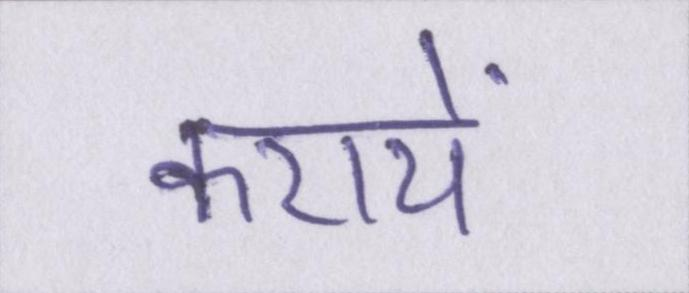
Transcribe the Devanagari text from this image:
करायें